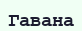
Гавана